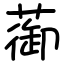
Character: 蓹